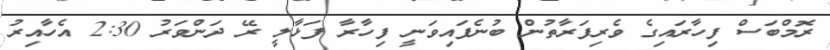
ރޮމްބަސް ފިހާރައިގެ ވެރިފަރާތުން ބުނެފައިވަނީ ފިހާރާ ފަޅާލީ ރޭ ދަންވަރު 2:30 އެހާއިރު